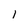
Character: l